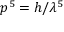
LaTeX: p ^ { 5 } = h / \lambda ^ { 5 }